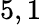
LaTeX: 5,1